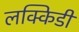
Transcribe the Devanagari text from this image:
लक्किडी